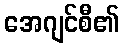
အေဂျင်စီ၏